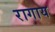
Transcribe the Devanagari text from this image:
रागाय